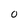
Character: 0